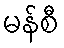
မန်စီ